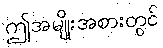
ဤအမျိုးအစားတွင်